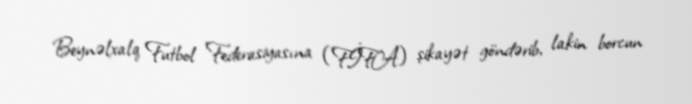
Beynəlxalq Futbol Federasiyasına (FİFA) şikayət göndərib, lakin borcun